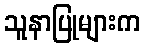
သူနာပြုများက